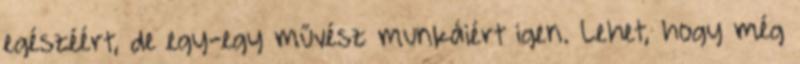
egészéért, de egy-egy művész munkáiért igen. Lehet, hogy még